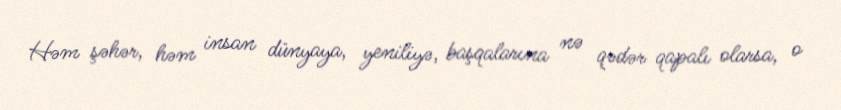
Həm şəhər, həm insan dünyaya, yeniliyə, başqalarına nə qədər qapalı olarsa, o